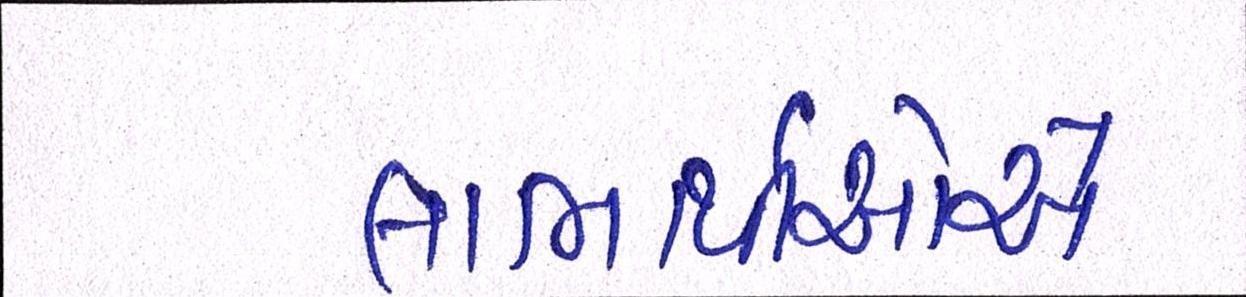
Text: લાભાર્થીઓએ